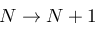
N \to N + 1